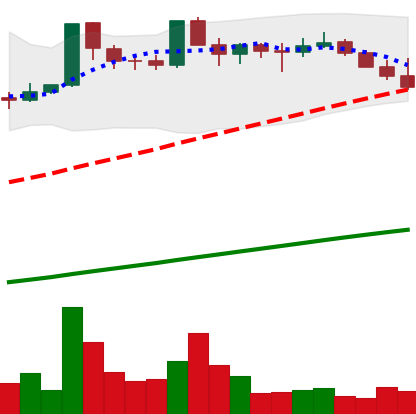
Ticker: DOGE-USD
Chart end date: 2021-03-24
Forward return: 4.545%
Label: up_3_5